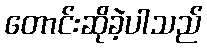
တောင်းဆိုခဲ့ပါသည်